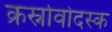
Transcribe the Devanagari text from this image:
क्रस्नोवोदस्क